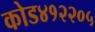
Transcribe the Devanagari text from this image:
कोड४१२२०५